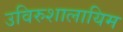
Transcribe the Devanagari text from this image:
उविरुशालायिम